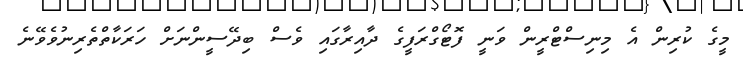
މީގެ ކުރިން އެ މިނިސްޓްރީން ވަނީ ފޮޓޯގްރަފީގެ ދާއިރާގައި ވެސް ބިދޭސީންނަށް ހަރަކާތްތެރިނުވެވޭނެ